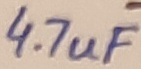
Text: 4.7uF